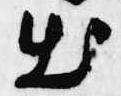
出